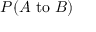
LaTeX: P ( A { \mathrm { ~ t o ~ } } B )